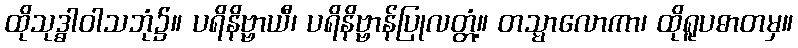
ထိုသုဒ္ဓါဝါသဘုံ၌။ ပရိနိဗ္ဗာယီ၊ ပရိနိဗ္ဗာန်ပြုလတ္တံ့။ တသ္မာလောကာ၊ ထိုရူပဓာတမှ။